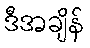
ဒီအချိန်